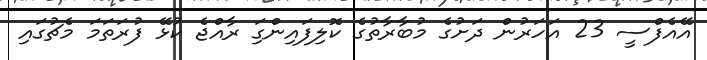
އޭއެފްސީ 23 އަހަރުން ދަށުގެ މުބާރާތުގެ ކޮލިފައިންގަި ރާއްޖެ ކުޅޭ ފުރަތަމަ މެޗުގައި